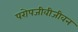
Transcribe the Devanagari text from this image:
परोपजीवीजीवन